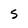
Character: S